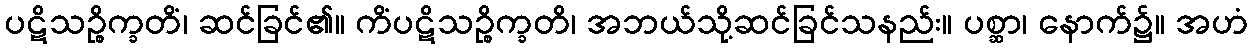
ပဋိသဉ္စိက္ခတိံ၊ ဆင်ခြင်၏။ ကိံပဋိသဉ္စိက္ခတိ၊ အဘယ်သို့ဆင်ခြင်သနည်း။ ပစ္ဆာ၊ နောက်၌။ အဟံ